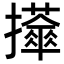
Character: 𢹕